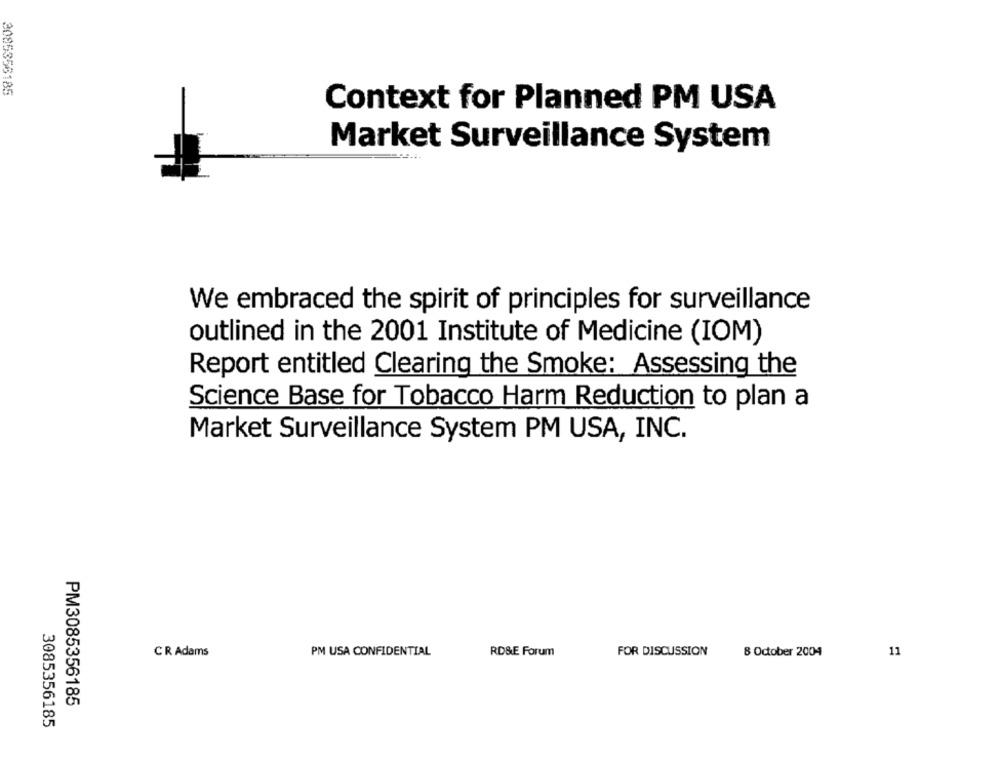
3085356185
Context for Planned PM USA
Market Surveillance System
We embraced the spirit of principles for surveillance
outlined in the 2001 Institute of Medicine (IOM)
Report entitled Clearing the Smoke: Assessing the
Science Base for Tobacco Harm Reduction to plan a
Market Surveillance System PM USA, INC.
CR Adams
PM USA CONFIDENTIAL
RD&E Forum
FOR DISCUSSION
8 October 2004
11
PM3085356185
3085356185